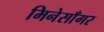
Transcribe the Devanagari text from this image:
मिनेसाँगर